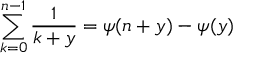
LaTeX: \sum _ { k = 0 } ^ { n - 1 } \frac { 1 } { k + y } = \psi ( n + y ) - \psi ( y )